Scottish Leaving Certificate Examination, 1956
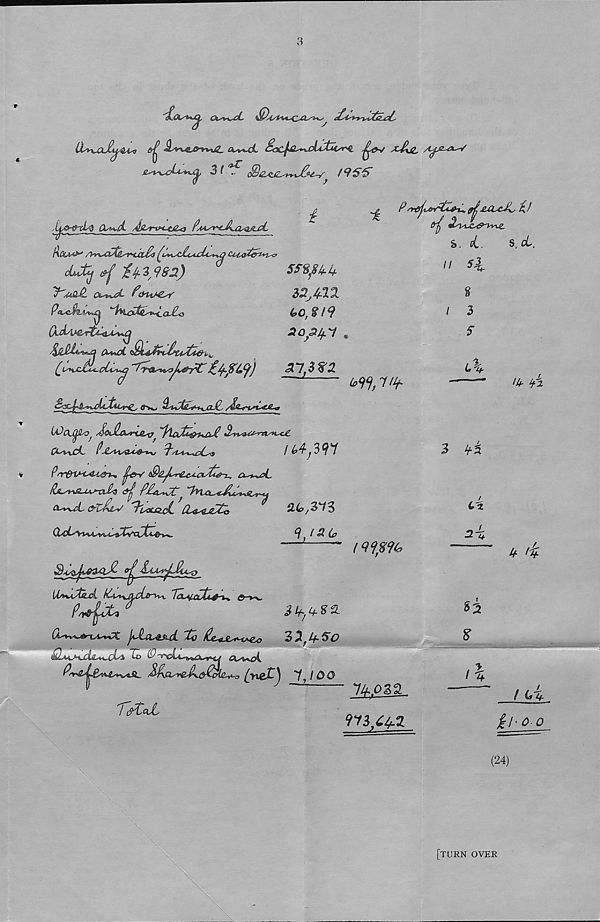
CVvw-£^-
&H jLt^U>-t~*jZ- a^d. Sx^fe^aLifour^ ^£?v X
^ ^
f9i$&
i
'i
'
Jua^xIq CU^d. J&rwUi&a ^aaat^Am^AjpL
'ir~—-—
— 1 —
——
fiCte***’ /yv^c^^r-cixM fc~y^c£c<cu^*%g OAAi^crz-n^’
djJUj Y ik * 9»a)
ss^su-k
J^AkOJi CtrTsUd- f&H*Zsf
35,^22.
9aue<ft.4^«q
(&0 > $
aopif.'l .
an t $%2
Os%«C£&-*-tyjQj9^ /$&&%*%*£&&
LOaj^Vj ^ojhx^XM^y^ * / j / lcj£<*&VUiJl ^^aAA-rit^CjC.
lUjdW
P<$£ji^LcJAXsfc&iu, ol^cL*
Ha^B-OA^xP^ &h Ph^ct
&tJP&v ’JuscjzcC CL4s$jzP£o
iKoy^S
} srfjiAnrtZjH-. ffjj£XLcJL A)
S. eL
3, o6.
II
(ddiAertt^A^
£U*d. <St^PuitApit>
(o9% r/f
QUcLyVu%A^vU^ty/XpX*^^
9i)Oj^ JLiA'i*jL£us0
l/U^iP^L
IclaICxIa^u,
f«4pU "
(X^^SrtA^X jidAl^-d. ^Co P^tLS^U^o
QjvUHxi&*ujL& ~&> 9^'r^cid^cj^u <Xs**aA
9'v^^&^gs*%s4&_ SKcL-reP^^Oiy^
1JOO
7 (PCclL
(9%%%
IkPZZ.
973/4.2
/
3
5
l\
3
4^
2%
S2
IU- if'z
k f'H-
! (*%
&I-0-0
(24)
[turn over